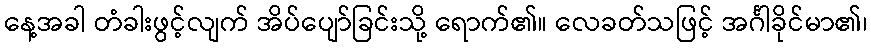
နေ့အခါ တံခါးဖွင့်လျက် အိပ်ပျော်ခြင်းသို့ ရောက်၏။ လေခတ်သဖြင့် အင်္ဂါခိုင်မာ၏၊